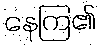
နေကြ၏